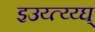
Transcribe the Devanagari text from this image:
इउय्त्य्य्घ्